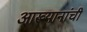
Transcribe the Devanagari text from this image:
आख्यानांची